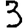
Digit: 3